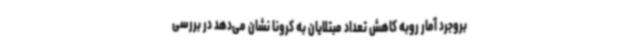
بروجرد آمار روبه کاهش تعداد مبتلایان به کرونا نشان می‌دهد در بررسی